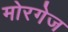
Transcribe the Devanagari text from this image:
मोरगेज